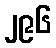
၂၉၆